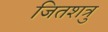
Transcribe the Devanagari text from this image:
जितशत्रु